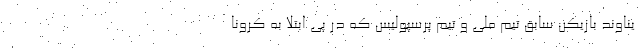
یناوند بازیکن سابق تیم ملی و تیم پرسپولیس که در پی ابتلا به کرونا